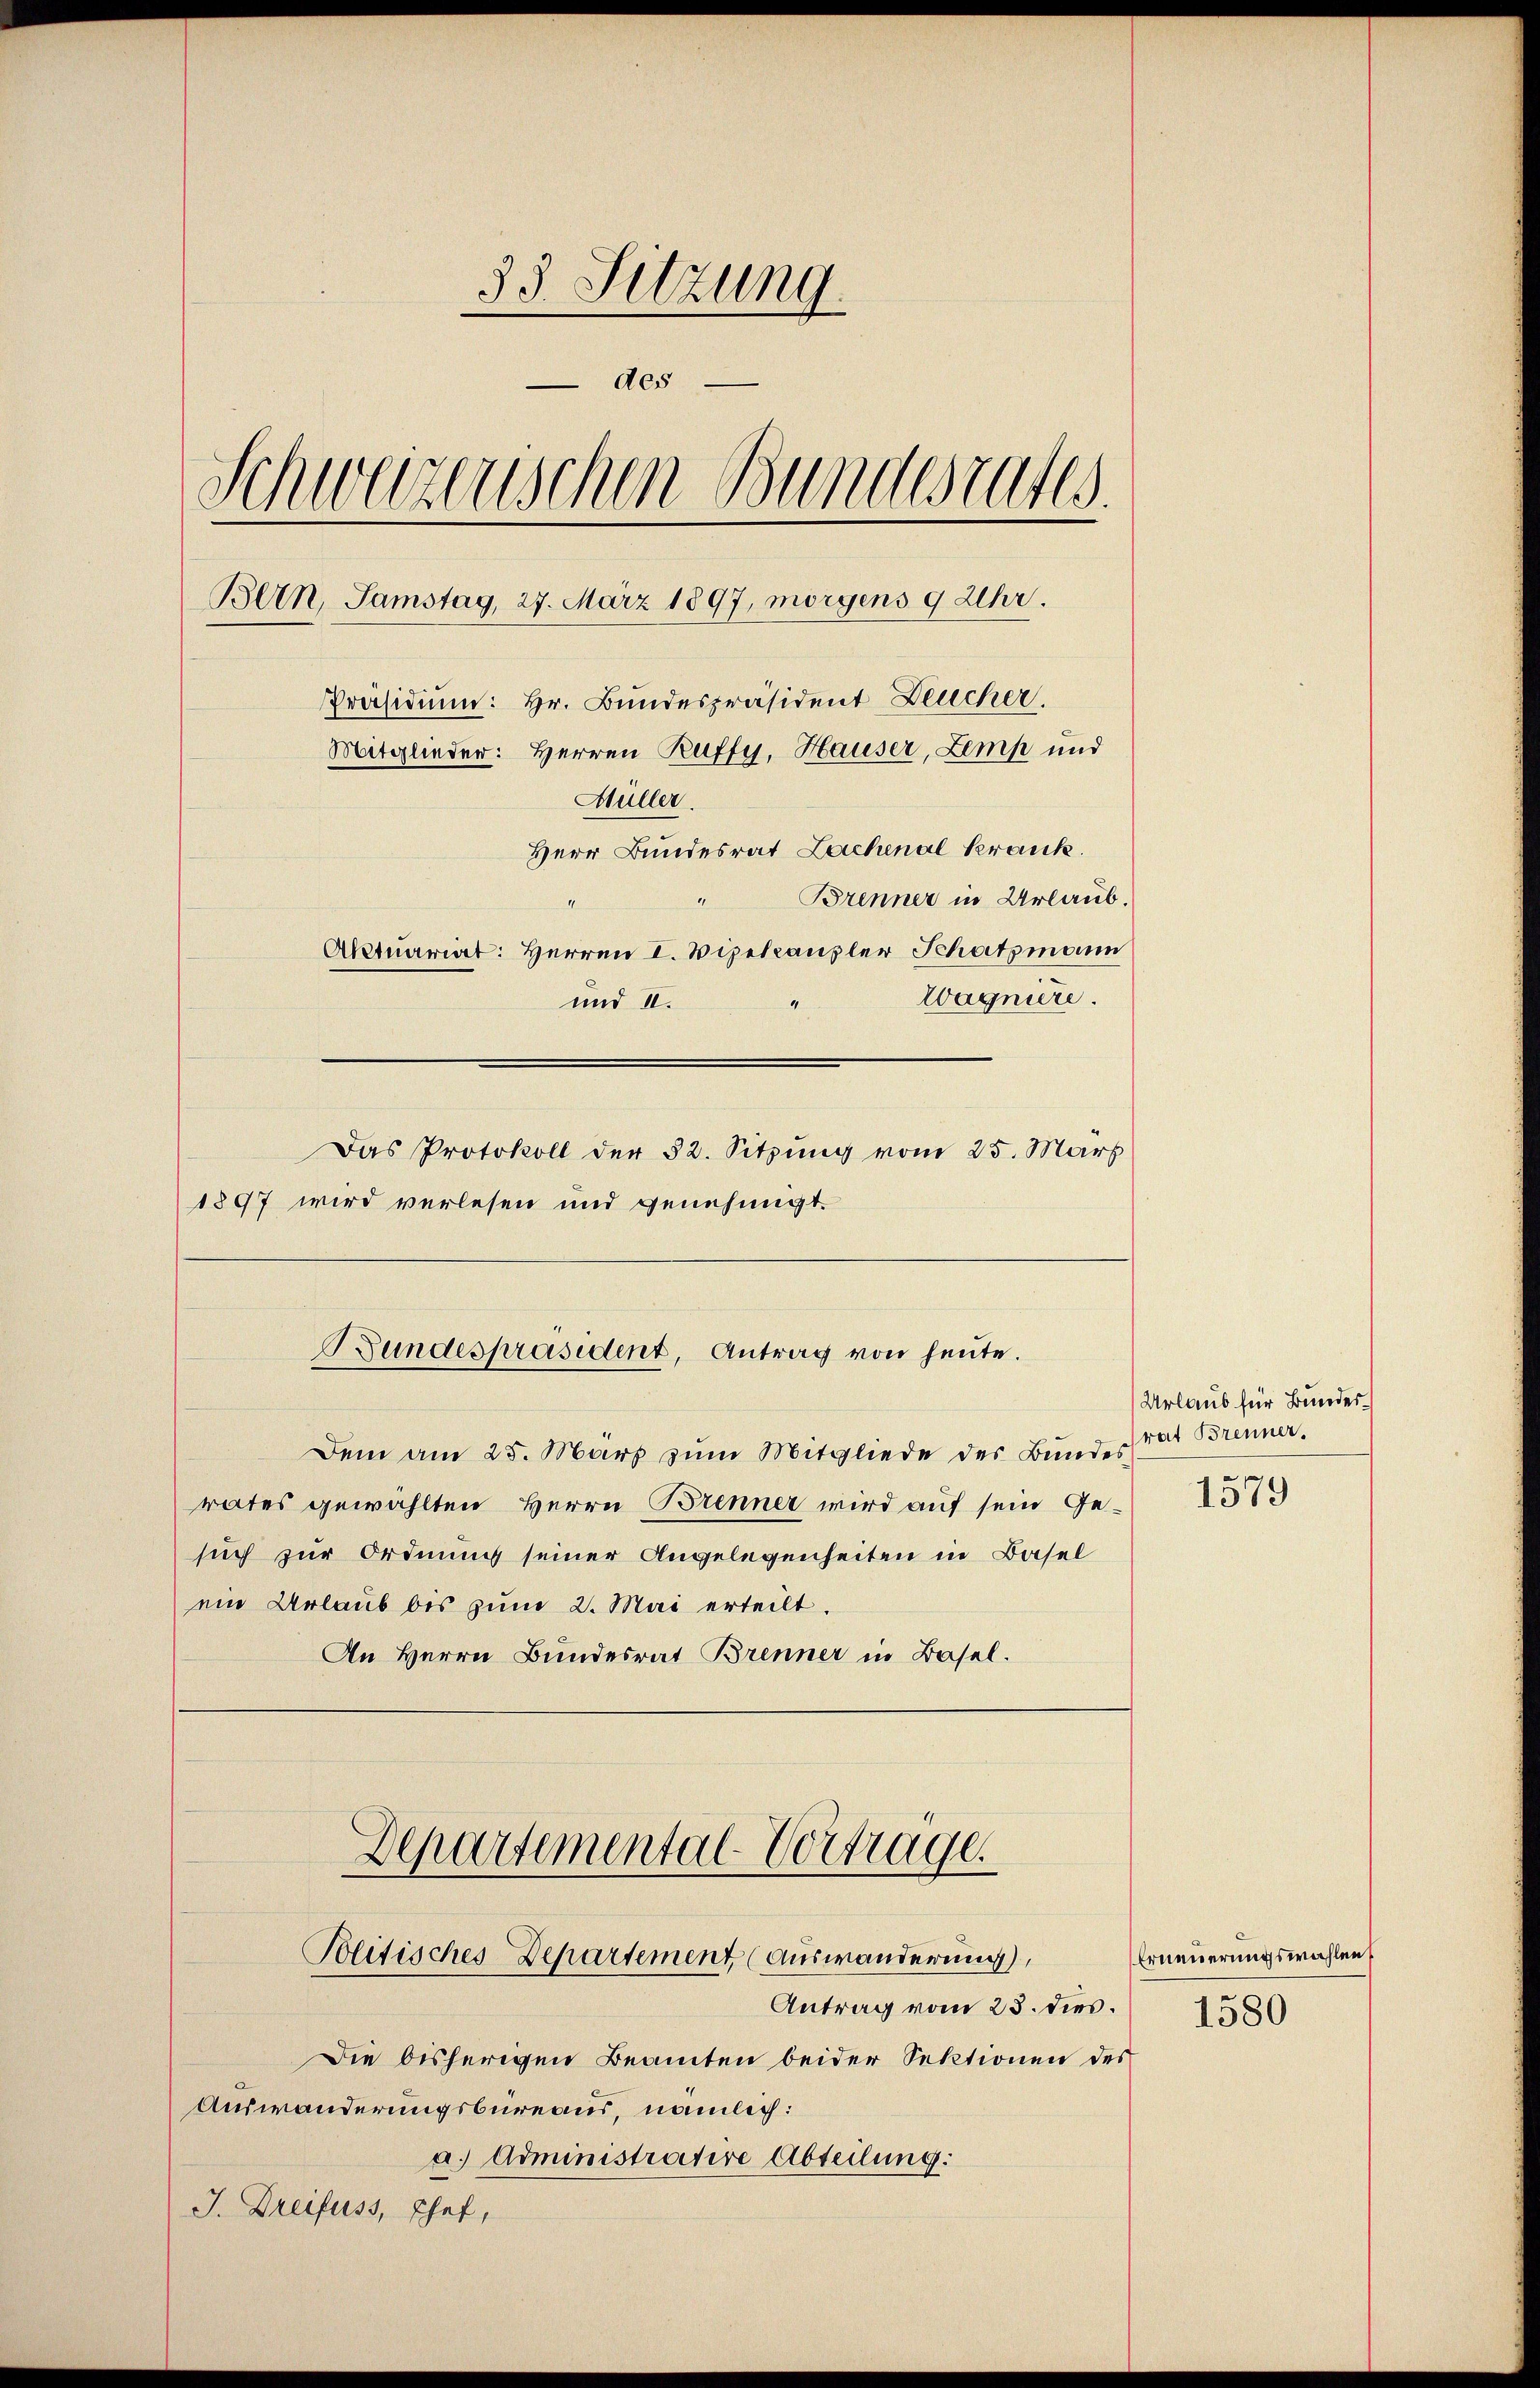
33. Setzung
 des
Schwarzenschen Bundesrates.
Bern, Samstag, 27. März 1897, morgens 9 Uhr.
Präsidium: Hr. Bundespräsident Deucher.
Mitglieder: Herren Ruffy, Hauser, Zemp und
Müller.
Herr Bundesrat Lachenal Krank.
Brenner in Urlaub.
Aktuariat: Herren I. Vizekanzler Schatzmann
Wagniere.
und II.

Das Protokoll der 82. Sitzung vom 25. März
1897 wird verlesen und genehmigt.

Bundespräsident, Antrag von heute.

Dem am 25. März zum Mitgliede des Bundes
rates gewählten Herrn Brenner wird auf sein Gesuch zur Ordnung seiner Angelegenheiten in Basel
ein Urlaub bis zum 2. Mai erteilt.
An Herrn Bundesrat Brenner in Basel.
Departemental-Vortrage.
Politisches-Departement (Auswanderung),
Antrag vom 23. dies.
Die bisherigen Beamten beider Sektionen des
Auswanderungsbureaus, nämlich:
a. Administrative Abteilung:
J. Dreifuss, Ehef,

Urlaub für Bundesrat Brenner.

1579

Erneuerungswahlen
1580